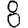
Digit: 8